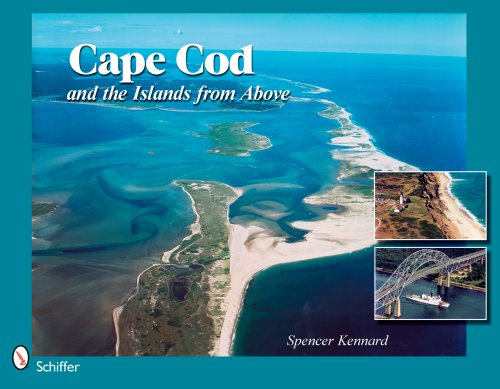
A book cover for Cape Cod and the Islands from Above; Spencer Kennard; Arts & Photography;